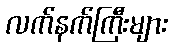
လက်နက်ကြီးများ